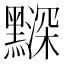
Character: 𪒗